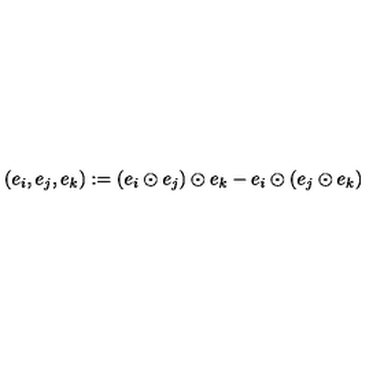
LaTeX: ( e _ { i } , e _ { j } , e _ { k } ) : = ( e _ { i } \odot e _ { j } ) \odot e _ { k } - e _ { i } \odot ( e _ { j } \odot e _ { k } )